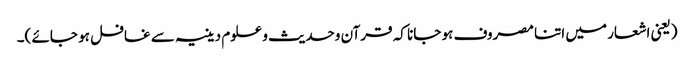
(یعنی اشعار میں اتنا مصروف ہو جانا کہ قرآن وحدیث و علوم دینیہ سے غافل ہو جائے )۔